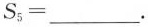
S。=___。